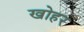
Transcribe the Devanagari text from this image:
खोहर